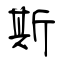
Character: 斯